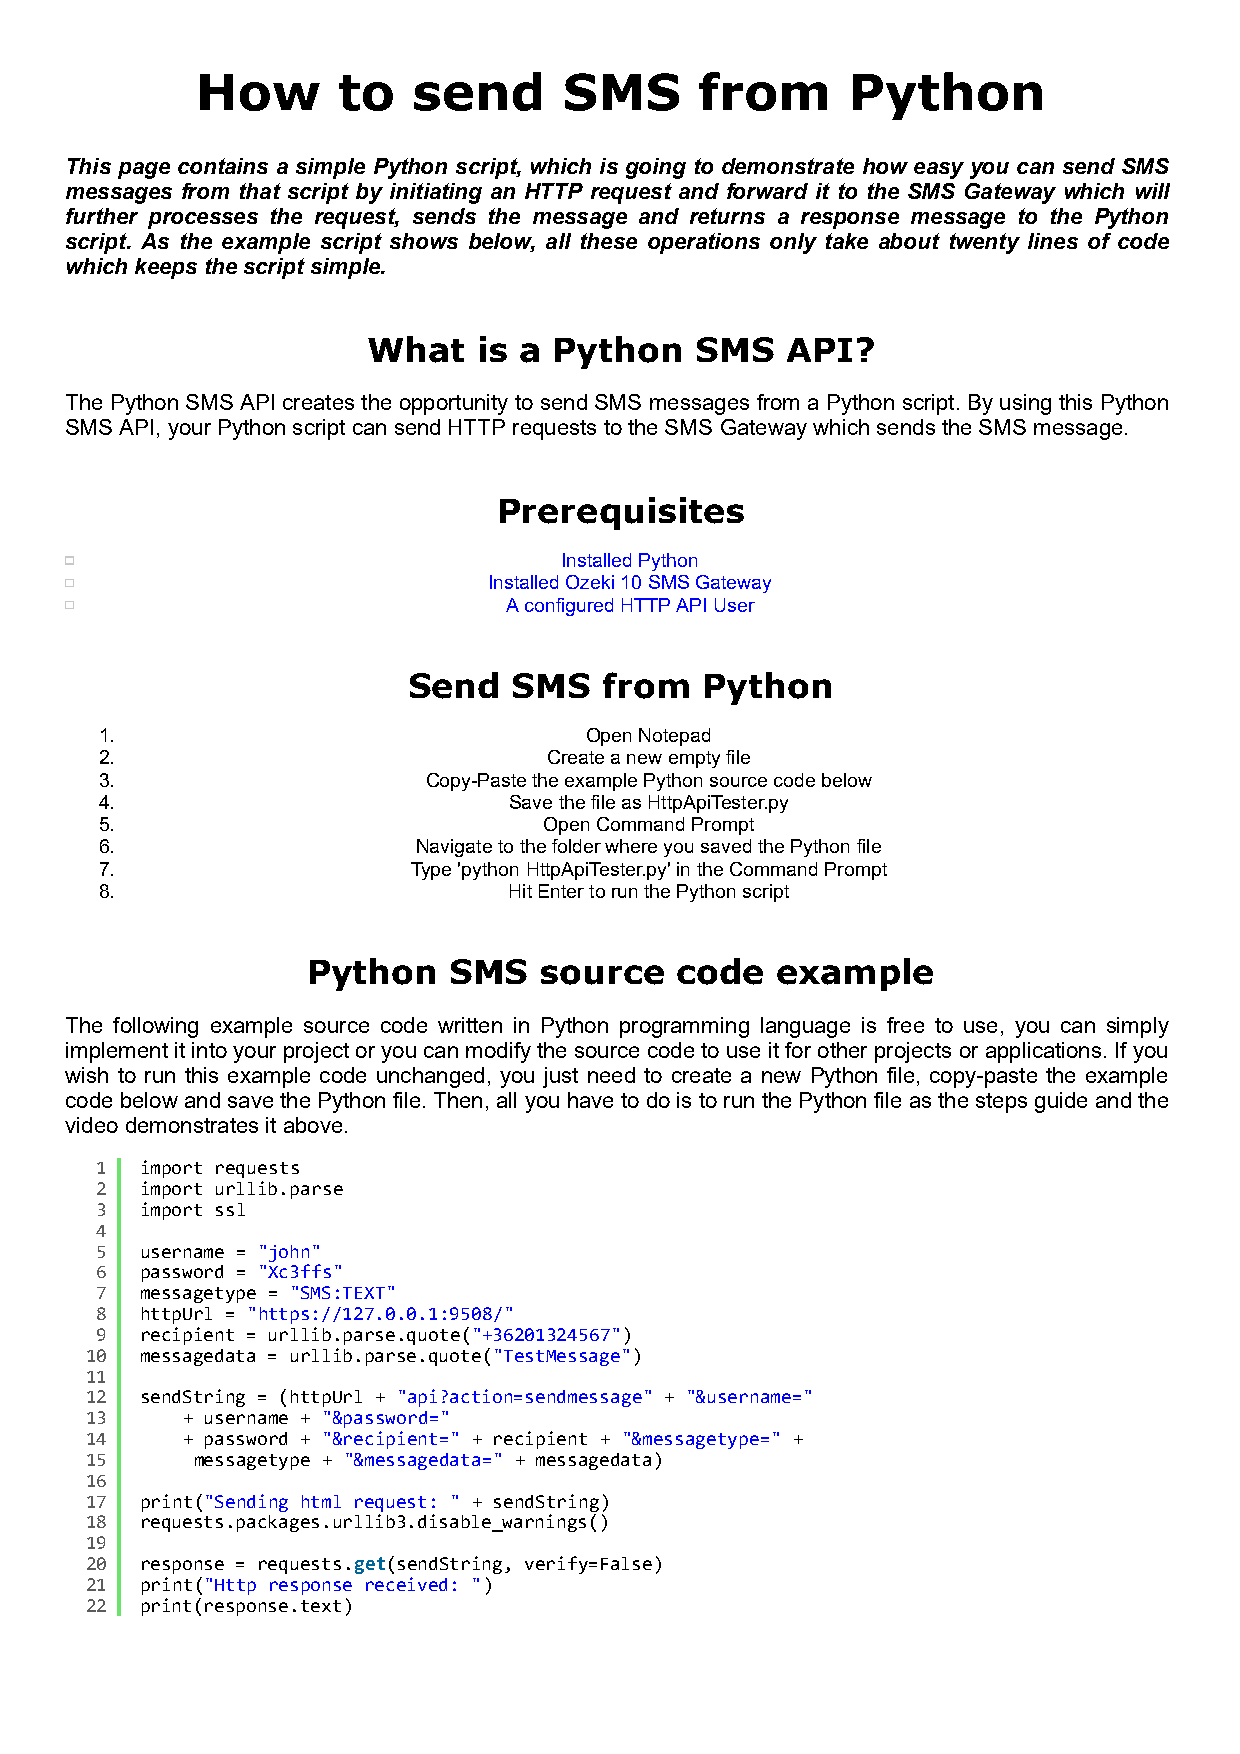
How      to   send      SMS      from      Python
 This page contains a simple Python script, which is going to demonstrate how easy you can send SMS
 messages from that script by initiating an HTTP request and forward it to the SMS Gateway which will
 further processes the request, sends the message and returns a response message to the Python
 script. As the example script shows below, all these operations only take about twenty lines of code
 which keeps the script simple.
 What    is a Python   SMS   API?
 The Python SMS API creates the opportunity to send SMS messages from a Python script. By using this Python
 SMS API, your Python script can send HTTP requests to the SMS Gateway which sends the SMS message.
 Prerequisites
 Installed Python
 Installed Ozeki 10 SMS Gateway
 A configured HTTP API User
 Send   SMS   from   Python
 1.                              Open Notepad
 2.                           Create a new empty file
 3.                   Copy-Paste the example Python source code below
 4.                         Save the file as HttpApiTester.py
 5.                           Open Command Prompt
 6.                   Navigate to the folder where you saved the Python file
 7.                  Type 'python HttpApiTester.py' in the Command Prompt
 8.                         Hit Enter to run the Python script
 Python    SMS   source   code  example
 The following example source code written in Python programming language is free to use, you can simply
 implement it into your project or you can modify the source code to use it for other projects or applications. If you
 wish to run this example code unchanged, you just need to create a new Python file, copy-paste the example
 code below and save the Python file. Then, all you have to do is to run the Python file as the steps guide and the
 video demonstrates it above.
 1  import requests
 2  import urllib.parse
 3  import ssl
 4
 5  username = "john"
 6  password = "Xc3ffs"
 7  messagetype = "SMS:TEXT"
 8  httpUrl = "https://127.0.0.1:9508/"
 9  recipient = urllib.parse.quote("+36201324567")
 10 messagedata = urllib.parse.quote("TestMessage")
 11
 12 sendString = (httpUrl + "api?action=sendmessage" + "&username="
 13    + username + "&password="
 14    + password + "&recipient=" + recipient + "&messagetype=" +
 15     messagetype + "&messagedata=" + messagedata)
 16
 17 print("Sending html request: " + sendString)
 18 requests.packages.urllib3.disable_warnings()
 19
 20 response = requests.get(sendString, verify=False)
 21 print("Http response received: ")
 22 print(response.text)